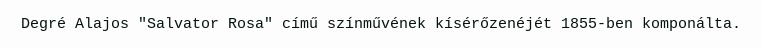
Degré Alajos "Salvator Rosa" című színművének kísérőzenéjét 1855-ben komponálta.